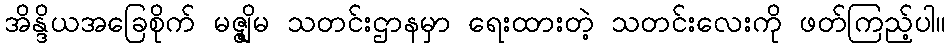
အိန္ဒိယအခြေစိုက် မဇ္ဇျိမ သတင်းဌာနမှာ ရေးထားတဲ့ သတင်းလေးကို ဖတ်ကြည့်ပါ။